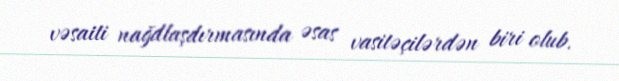
vəsaiti nağdlaşdırmasında əsas vasitəçilərdən biri olub.